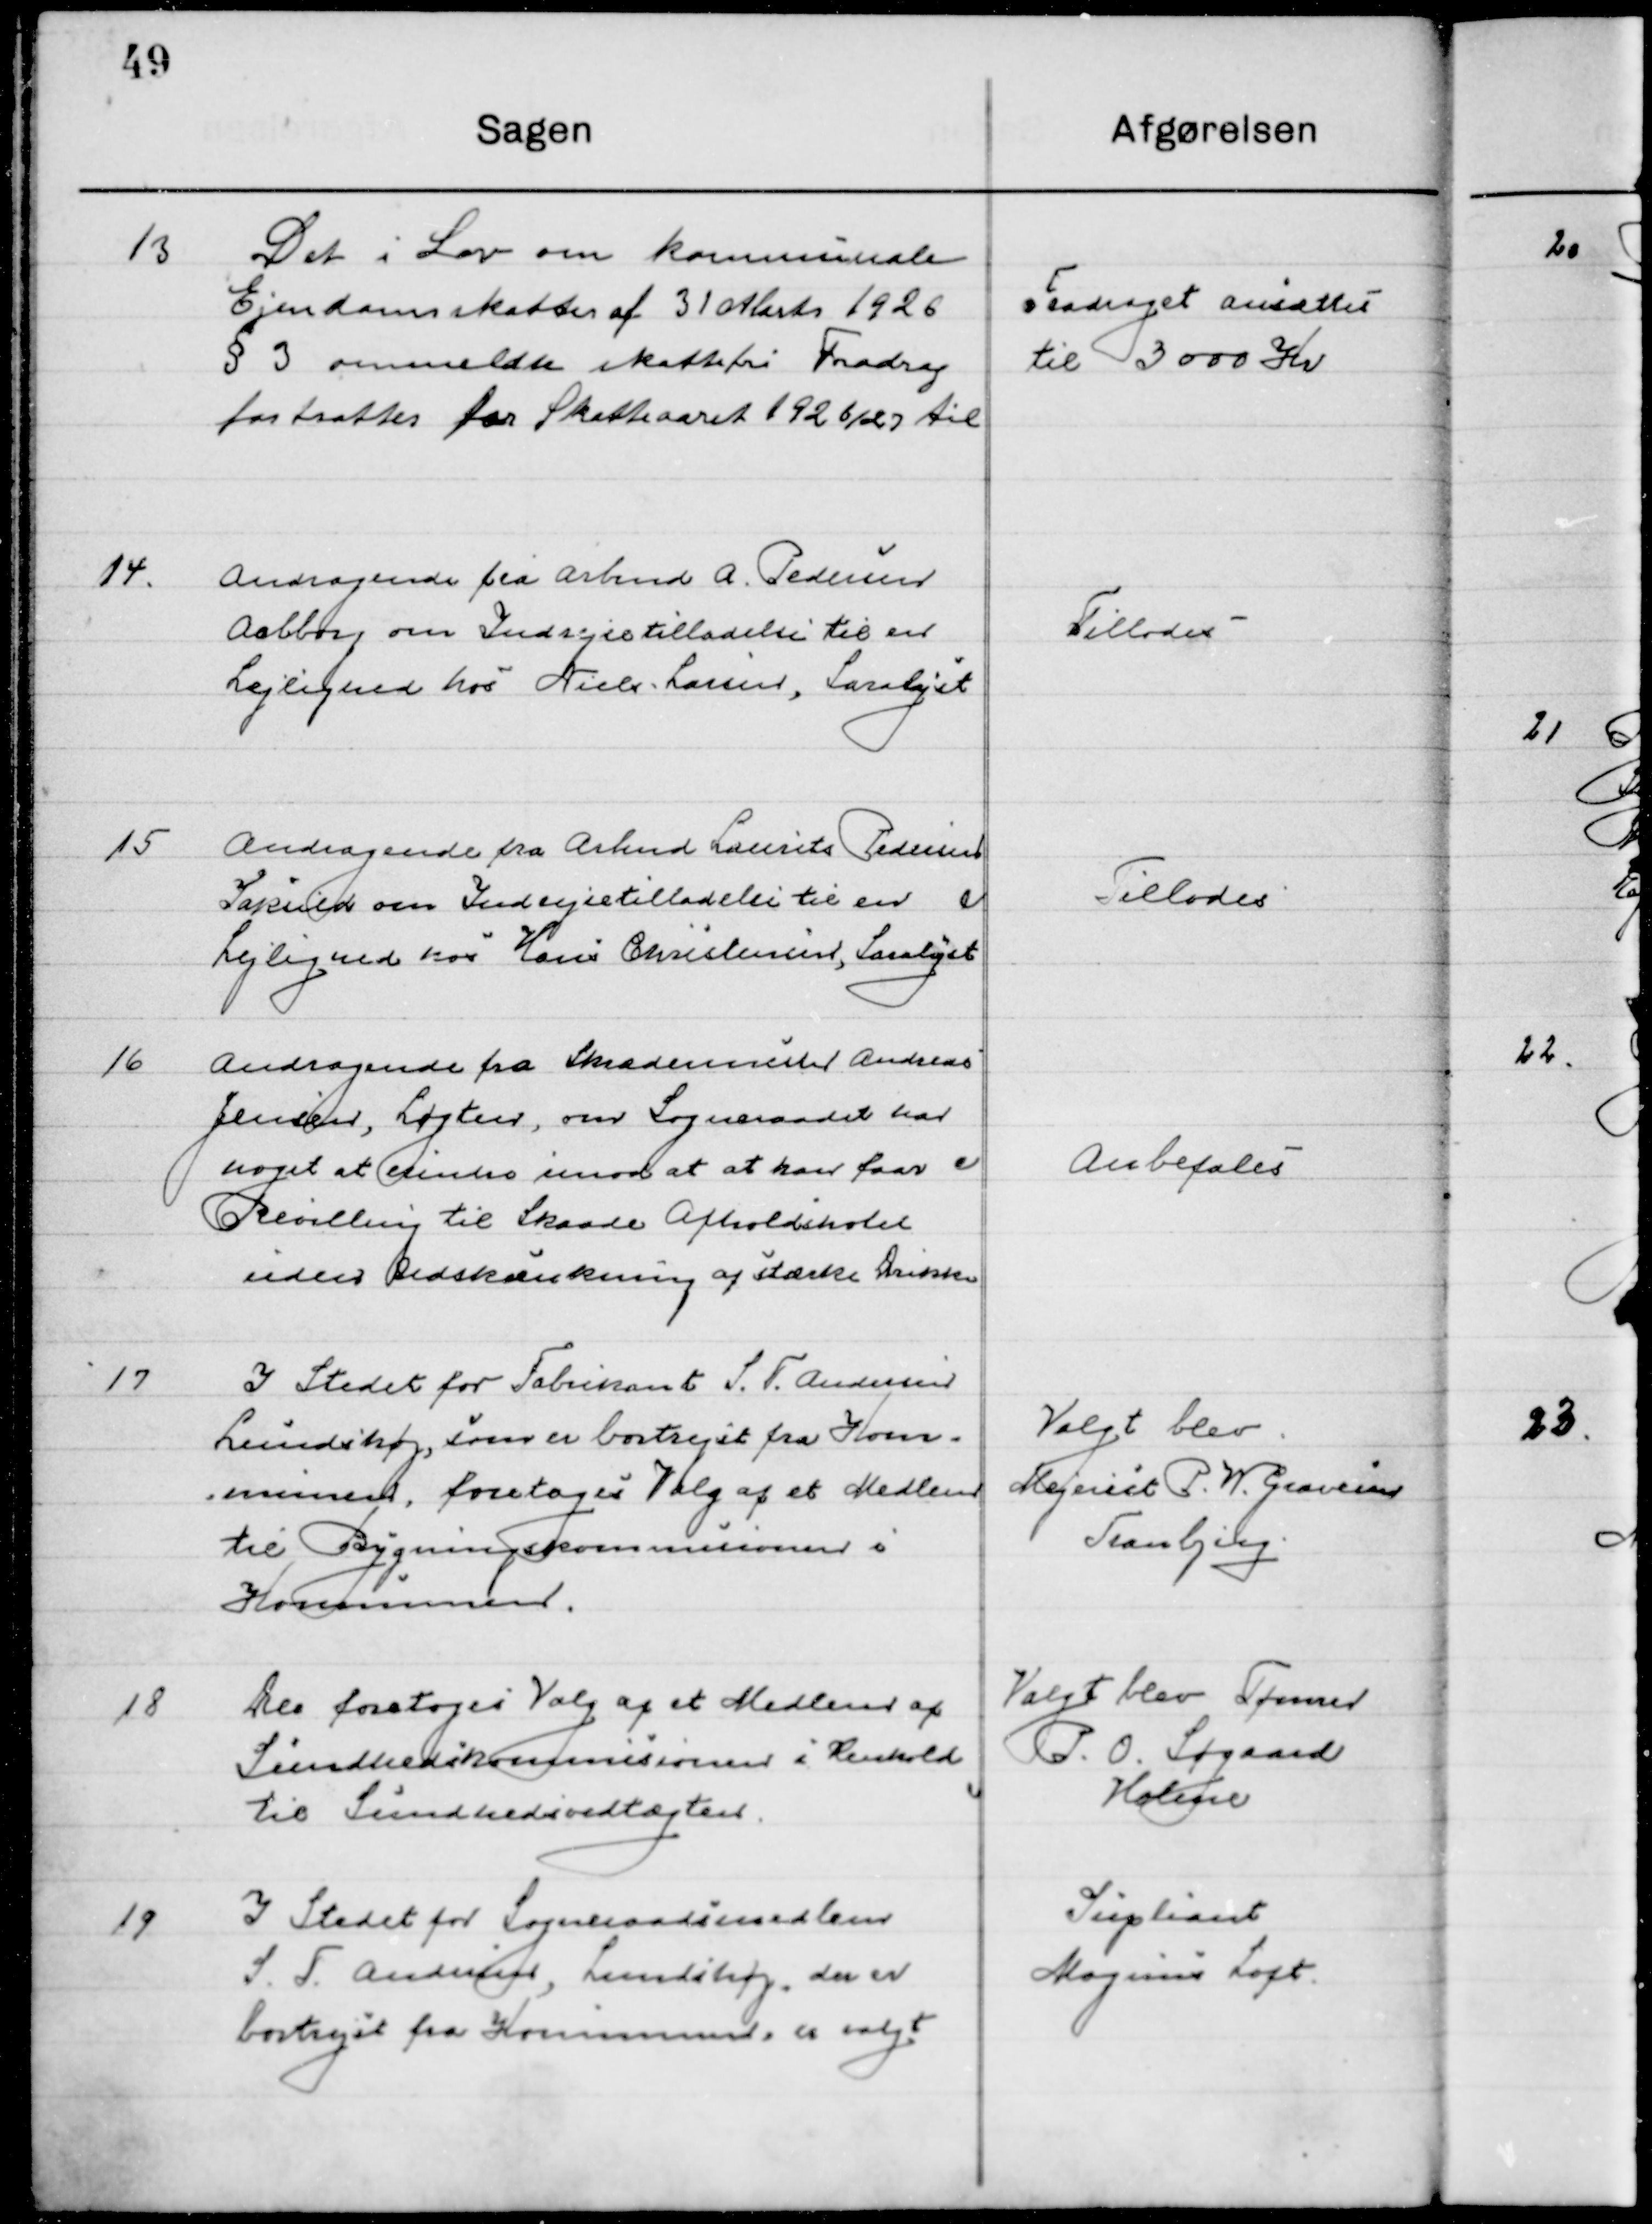
Transskription:
13

Det i Lov om Kommunale 
Ejendomsskatter af 31 Marts 1926
§ 3 ommeldte skattefri Fradrag
fratrættes for Skatteaaret 1926/27 til

Fradraget ansættes
til 3000 Kr.

14

Andragende fra  Arbmd. A. Pedersen
Aalborg om Indrejsetilladelse til en 	
Lejlighed hos Niels Laursen, Saralyst

Tillodes

15

Andragende fra Arbmd. Laurits Pedersen
Saksil om Indrejsetilladelse til en
Lejlighed hos Hans Christensen, Saralyst.

Tillodes

16

Andragende fra Skrædermester Andreas
Jensen, Løgten, om Sogneraadet har
noget at erindre imod at at han faar 
Bevilling til Skaade Afholdshotel
Uden Udskænkning af stærke Drikke.

Anbefales

17

I Stedet for Fabrikant S. T. Andersen
Lundshøj, som er bortrejst fra Kom-
Munen foretoges Valg af et Medlem
Til Bygnings kommissionen i
Kommunen.

Valgt blev
Mejerist P. W. Gravesen
Tranbjerg

18

Der foretoges Valg af et Medlem af
Sundhedskommissionen i Henhold
 til sundhedsvedtægten.

Valgt blev Tømrer
P. O. Søgaard
Holme

19

I Stedet for Sogneraadsmedlem
S. F. Andersen, Lundshøj, der er
Bortrejst fra Kommunen, er valgt.

Suppleant
Mogens Loft